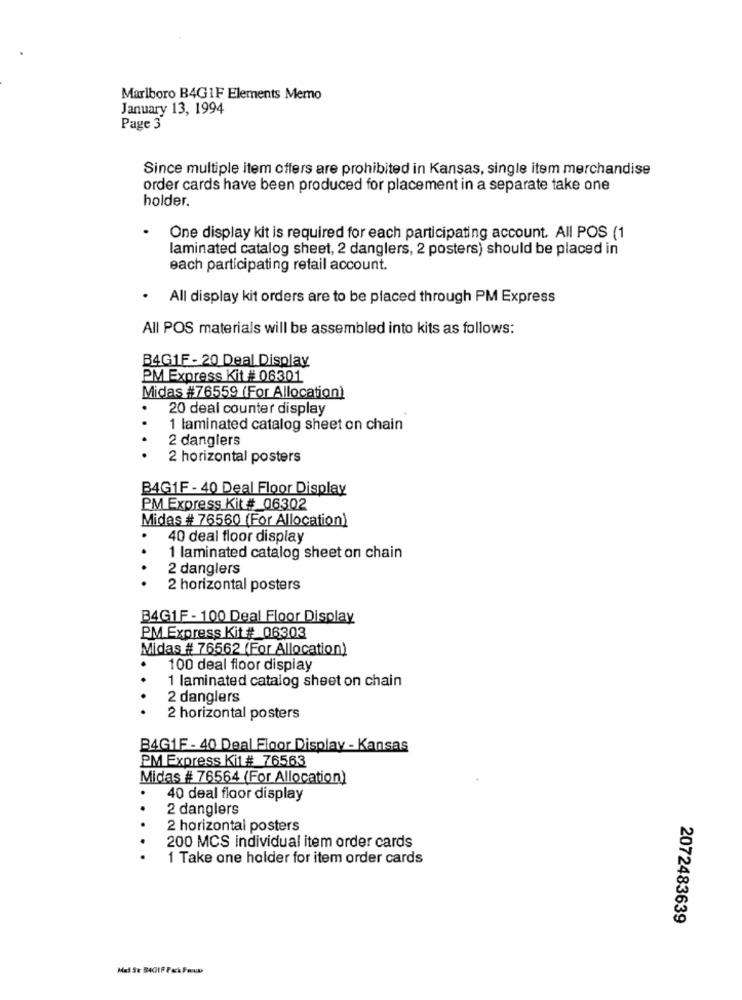
Marlboro B4GIF Elements Memo
January 13, 1994
Page 3
Since multiple item offers are prohibited in Kansas, single item merchandise
order cards have been produced for placement in a separate take one
holder.
One display kit is required for each participating account. All POS (1
laminated catalog sheet, 2 danglers, 2 posters) should be placed in
each participating retail account.
. All display kit orders are to be placed through PM Express
All POS materials will be assembled into kits as follows:
B4G1F -20 Deal Display
PM Express Kit # 06301
Midas #76559 (For Allocation)
20 deal counter display
1 laminated catalog sheet on chain
2 danglers
2 horizontal posters
B4G1F - 40 Deal Floor Display
PM Express Kit # 06302
Midas # 76560 (For Allocation)
40 deal floor display
1 laminated catalog sheet on chain
2 danglers
2 horizontal posters
B4G1F - 100 Deal Floor Display
PM Express Kit #_06303
Midas # 76562 (For Allocation)
.
100 deal floor display
1 laminated catalog sheet on chain
.
2 danglers
2 horizontal posters
B4G1F - 40 Deal Floor Display - Kansas
PM Express Kit # 76563
Midas # 76564 (For Allocation)
40 deal floor display
2 danglers
2 horizontal posters
200 MCS individual item order cards
1 Take one holder for item order cards
2072483639